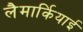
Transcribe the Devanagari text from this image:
लैमार्कियाई